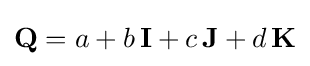
{\textbf {Q}}=a+b\,{\textbf {I}}+c\,{\textbf {J}}+d\,{\textbf {K}}